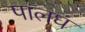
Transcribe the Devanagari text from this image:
पालघ